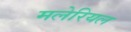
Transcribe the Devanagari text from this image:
मलेरियल